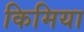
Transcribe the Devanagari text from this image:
किमिया